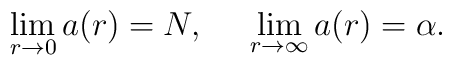
\lim_{r \rightarrow 0}a(r) = N,\:\:\:\:\:\:\lim_{r \rightarrow \infty}a(r) = \alpha .